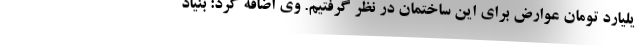
یلیارد تومان عوارض برای این ساختمان در نظر گرفتیم. وی اضافه کرد: بنیاد